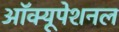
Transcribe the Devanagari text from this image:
ऑक्यूपेशनल